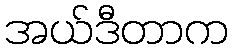
အယ်ဒီတာက